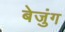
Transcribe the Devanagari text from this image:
बेजुंग